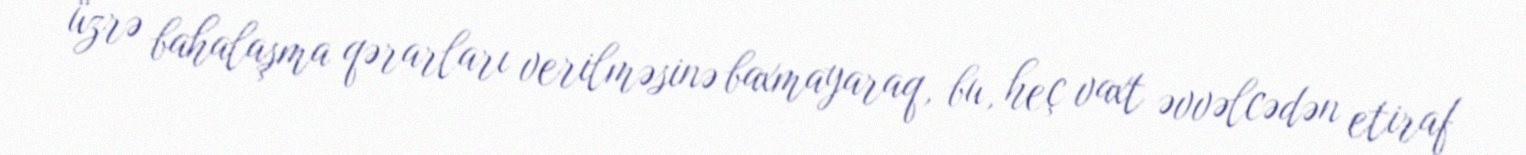
üzrə bahalaşma qərarları verilməsinə baxmayaraq, bu, heç vaxt əvvəlcədən etiraf